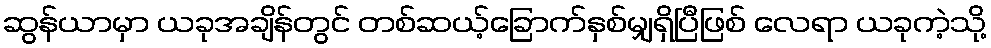
ဆွန်ယာမှာ ယခုအချိန်တွင် တစ်ဆယ့်ခြောက်နှစ်မျှရှိပြီဖြစ် လေရာ ယခုကဲ့သို့